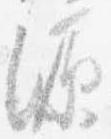
源